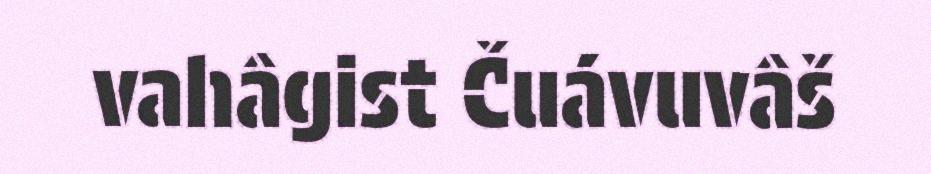
vahâgist Čuávuvâš